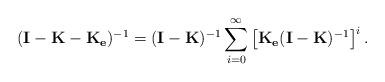
LaTeX: \begin{align*}(\mathbf{I}-\mathbf{K}-\mathbf{K_{e}})^{-1}=(\mathbf{I}-\mathbf{K})^{-1}\sum_{i=0}^{\infty}\left[ \mathbf{K_{e}}(\mathbf{I}-\mathbf{K})^{-1} \right]^{i}.\end{align*}